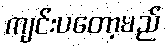
ကျင်းပတော့မည်